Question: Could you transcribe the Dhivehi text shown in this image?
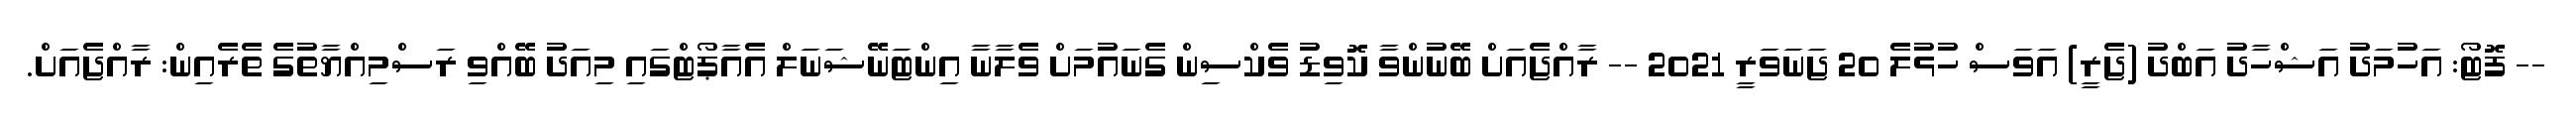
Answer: -- ފޮޓޯ: އަހުމަދު އަޝްހާދު އަބްދު (ޖެރީ) އަވަސް ހުޅުލެ 20 ޖަނަވަރީ 2021 -- ރާއްޖެއަށް ބޭނުންވާ ކޮވިޑު ވެކްސިން ގެނައުމަށް ވެލާނާ އިންޓަނޭޝަނަލް އެއާޕޯޓްގައި މިއަދު ބޭއްވި ރަސްމިއްޔާތުގެ ތެރެއިން: ރާއްޖެއަށް.